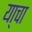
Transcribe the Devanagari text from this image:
या्चा